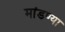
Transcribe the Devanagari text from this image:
मांडण्या